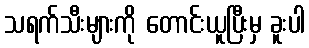
သရက်သီးများကို တောင်းယူပြီးမှ ခူးပါ